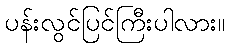
ပန်းလွင်ပြင်ကြီးပါလား။